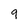
Character: 9